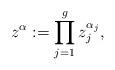
LaTeX: \begin{align*}z^{\alpha}:=\prod_{j=1}^g z_j^{\alpha_j},\end{align*}